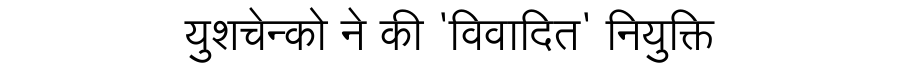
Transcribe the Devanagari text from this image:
युशचेन्को ने की 'विवादित' नियुक्ति